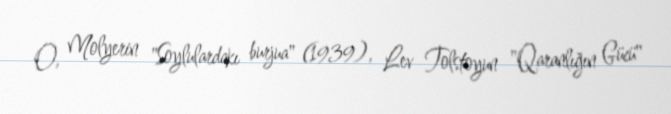
O, Molyerin "Soylulardakı burjua" (1939), Lev Tolstoyun "Qaranlığın Gücü"